Vaccine operations Central Provinces & Berar 1912-1920 - 1912-1920
Year: 1912
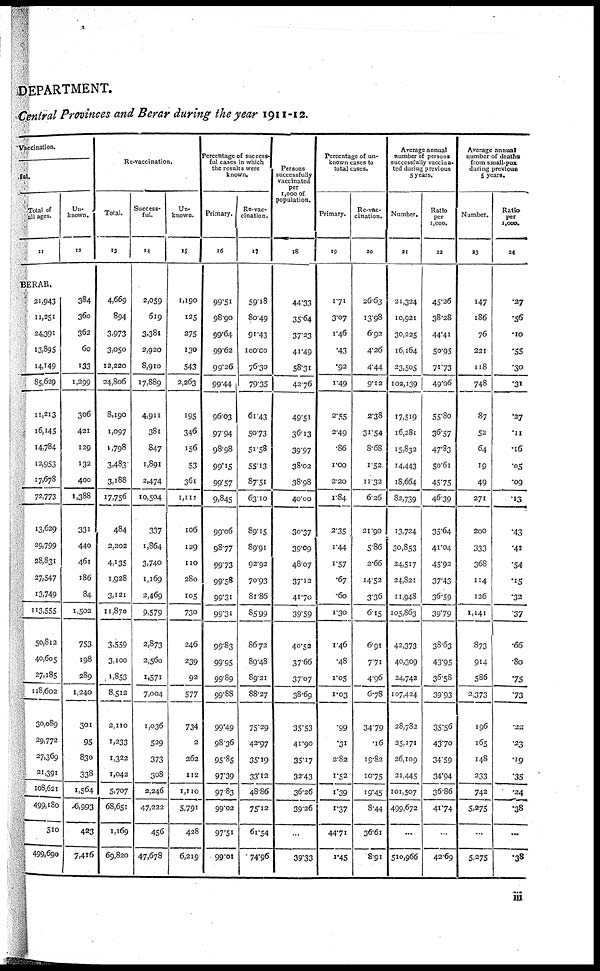
DEPARTMENT.
Central Provinces and Berar during the year 1911-12.
Vaccination.
ful.
Total of
all ages.
11
Un¬
known.
12
BERAR.
21,943
11,251
24,391
13,895
14.149
85,629
11,213
16,145
14,784
12,953
17,678
72,773
13,629
29,799
28,831
27,547
13,749
113,555
50,812
40,605
27,185
118,602
30,089
29,772
27,369
21,391
108,621
499,180
510
499,690
384
360
362
60
133
1,299
306
421
129
132
400
1,388
331
440
461
186
84
1,502
753
198
289
1,240
301
95
830
338
1,564
6,993
423
7,416
Re-vaccination.
Total.
13
4,669
894
3,973
3,050
12,220
24,806
8,190
1,097
1,798
3,483
3,188
17,756
484
2,202
4,135
1,928
3,121
11,870
3,559
3,100
1,853
8,512
2,110
1,233
1,322
1,042
5,707
68,651
1,169
69,820
Success-
ful.
14
2,059
619
3,381
2,920
8,910
17,889
4,911
381
847
1,891
2,474
10,504
337
1,864
3,740
1,169
2,469
9,579
2,873
2,560
1,571
7,004
1,036
529
373
308
2,246
47,222
456
47,678
Un-
known.
15
1,190
125
275
130
543
2,263
195
346
156
53
361
1,111
106
129
110
280
105
730
246
239
92
577
734
2
262
112
1,110
5,791
428
6,219
Percentage of success¬
ful cases in which
the results were
known.
Primary.
16
99.51
98.90
99.64
99.62
99.26
99.44
96.03
97.94
98.98
99.15
99.57
9,845
99.06
98.77
99.73
99.58
99.31
99.31
99.83
99.95
99.89
99.88
99.49
98.36
95.85
97.39
97.83
99.02
97.51
99.01
Re-vac-
cination.
17
59.18
80.49
91.43
100.00
76.30
79.35
61.43
50.73
51.58
55.13
87.51
63.10
89.15
89.91
92.92
70.93
81.86
85.99
86.72
89.48
89.21
88.27
75.29
42.97
35.19
33.12
48.86
75.12
61.54
74.96
Persons
successfully
vaccinated
per
1,000 of
population.
18
44.33
35.64
37.23
41.49
58.31
42.76
49.51
36.13
39.97
38.02
38.98
40.00
30.37
39.09
48.07
37.12
41.70
39.59
40.52
37.66
37.07
38.69
35.53
41.90
35.17
32.43
36.26
39.26
...
39.33
Percentage of un-
known cases to
total cases.
Primary.
19
1.71
3.07
1.46
.43
.92
1.49
2.55
2.49
.86
1.00
2.20
1.84
2.35
1.44
1.57
.67
.60
1.30
1.46
.48
1.05
1.03
.99
.31
2.82
1.52
1.39
1.37
44.71
1.45
Re-vac-
cination.
20
26.63
13.98
6.92
4.26
4.44
9.12
2.38
31.54
8.68
1.52
11.32
6.26
21.90
5.86
2.66
14.52
3.36
6.15
6.91
7.71
4.96
6.78
34.79
.16
19.82
10.75
19.45
8.44
36.61
8.91
Average annual
number of persons
successfully vaccina-
ted during previous
5 years.
Number.
21
21,324
10,921
30,225
16,164
23,505
102,139
17,519
16,281
15,832
14,443
18,664
82,739
13,724
30,853
24,517
24,821
11,948
105,863
42,373
40,309
24,742
107,424
28,782
25,171
26,109
21,445
101,507
499,672
...
510,966
Ratio
per
1,000.
22
45.26
38.28
44.41
50.95
71.73
49.06
55.80
36.57
47.83
50.61
45.75
46.39
35.64
41.04
45.92
37.43
36.59
39.79
38.63
43.95
36.58
39.93
35.56
43.70
34.59
34.94
36.86
41.74
...
42.69
Average annual
number of deaths
from small-pox
during previous
5 years.
Number.
23
147
186
76
221
118
748
87
52
64
19
49
271
200
333
368
114
126
1,141
873
914
586
2,373
196
165
148
233
742
5,275
...
5,275
Ratio
per
1,000.
24
.27
.56
.10
.55
.30
.31
.27
.11
.16
.05
.09
.13
.43
.41
.54
.15
.32
.37
.66
.80
.75
.73
.22
.23
.19
.35
.24
.38
...
.38
iii